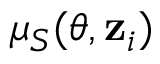
\mu _ { S } ( \boldsymbol { \theta } , \mathbf { z } _ { i } )